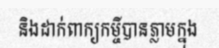
និងដាក់ពាក្យកម្ចីបានភ្លាមក្នុង